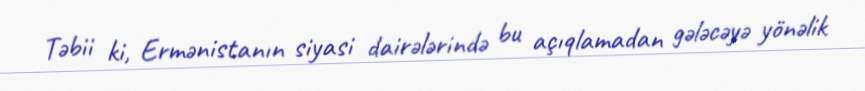
Təbii ki, Ermənistanın siyasi dairələrində bu açıqlamadan gələcəyə yönəlik